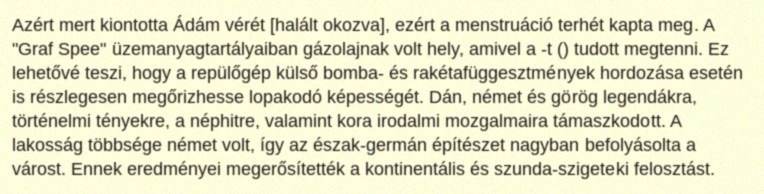
Azért mert kiontotta Ádám vérét [halált okozva], ezért a menstruáció terhét kapta meg. A "Graf Spee" üzemanyagtartályaiban gázolajnak volt hely, amivel a -t () tudott megtenni. Ez lehetővé teszi, hogy a repülőgép külső bomba- és rakétafüggesztmények hordozása esetén is részlegesen megőrizhesse lopakodó képességét. Dán, német és görög legendákra, történelmi tényekre, a néphitre, valamint kora irodalmi mozgalmaira támaszkodott. A lakosság többsége német volt, így az észak-germán építészet nagyban befolyásolta a várost. Ennek eredményei megerősítették a kontinentális és szunda-szigeteki felosztást.